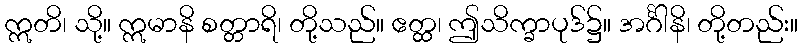
ဣတိ၊ သို့။ ဣမာနိ စတ္တာရိ၊ တို့သည်။ ဧတ္ထ၊ ဤသိက္ခာပုဒ်၌။ အင်္ဂါနိ၊ တို့တည်း။